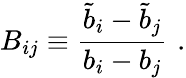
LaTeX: B_{ij}\equiv{\frac{\tilde{b}_{i}-\tilde{b}_{j}}{b_{i}-b_{j}}}\, \, .